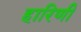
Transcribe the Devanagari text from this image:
हारिणी